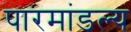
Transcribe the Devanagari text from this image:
पारमांडल्य